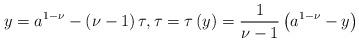
LaTeX: \begin{align*}y=a^{1-\nu }-\left( \nu -1\right) \tau ,\tau =\tau \left( y\right) =\frac{1}{\nu -1}\left( a^{1-\nu }-y\right) \end{align*}